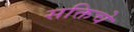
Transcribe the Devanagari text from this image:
सक्तिचे